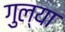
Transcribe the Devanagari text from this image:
गुल्या